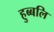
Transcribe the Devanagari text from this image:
हुब्बलि